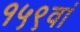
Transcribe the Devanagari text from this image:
१५९वां